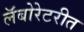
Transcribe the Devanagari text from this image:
लॅबोरेटरीत